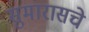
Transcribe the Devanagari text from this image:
सुमारासचे